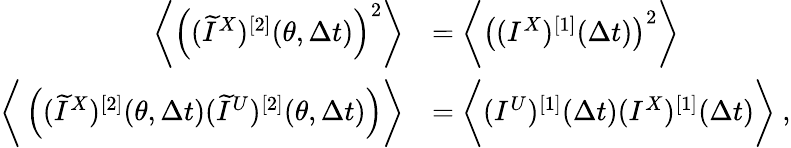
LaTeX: \begin{array}{rl}{\bigg\langle\left((\widetilde{I}^{X})^{[2]}(\theta,\Delta t)\right)^{2}\bigg\rangle}&{=\bigg\langle\left((I^{X})^{[1]}(\Delta t)\right)^{2}\bigg\rangle}\\ {\bigg\langle\left((\widetilde{I}^{X})^{[2]}(\theta,\Delta t)(\widetilde{I}^{U})^{[2]}(\theta,\Delta t)\right)\bigg\rangle}&{=\bigg\langle(I^{U})^{[1]}(\Delta t)(I^{X})^{[1]}(\Delta t)\bigg\rangle~,}\end{array}